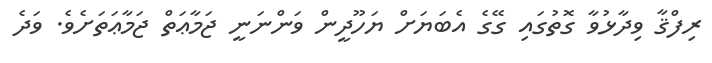
ރިފްޤާ ވިދާޅުވާ ގޮތުގައި ގޭގެ އެބަޔަށް ޔަހޫދީން ވަންނަނީ ޖަމާޢަތް ޖަމާޢަތަށެވެ. ވަދެ